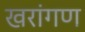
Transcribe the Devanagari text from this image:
खरांगण